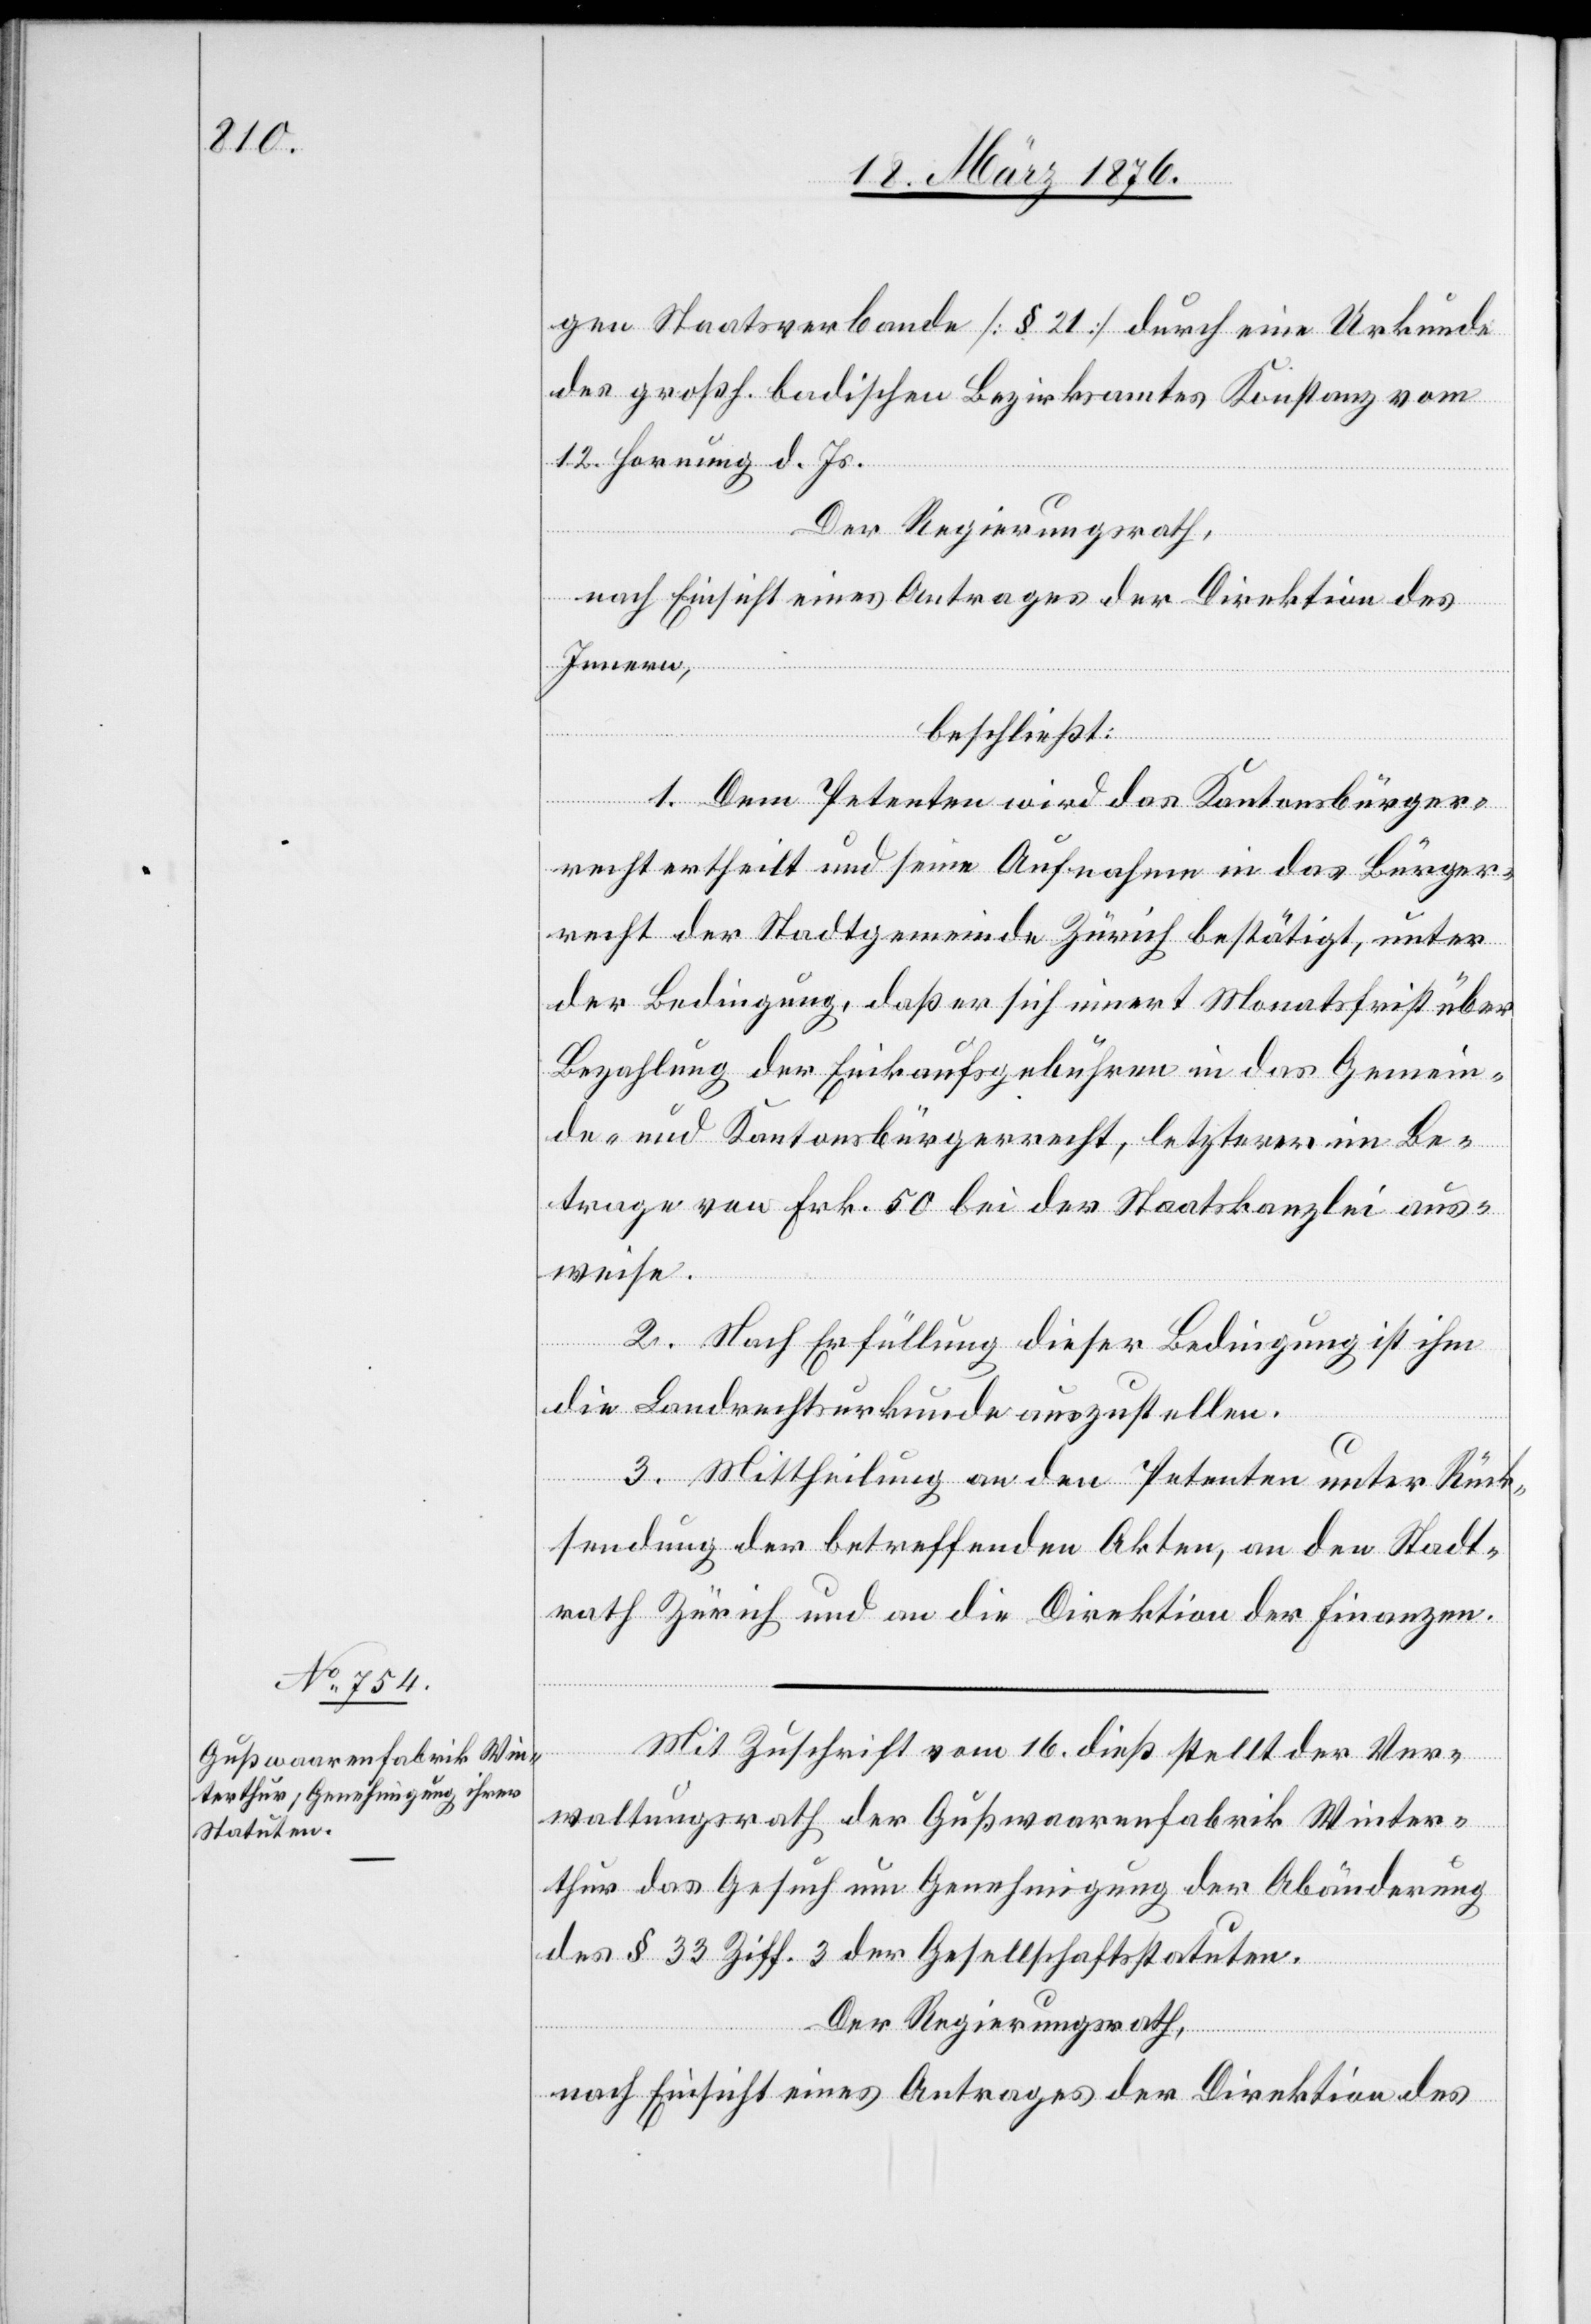
Mit Zuschrift vom 16. dieß stellt der Ver¬
waltungsrath der Gußwaarenfabrik Winter¬
thur das Gesuch um Genehmigung der Abänderung
des § 33 Ziff. 3 der Gesellschaftsstatuten.
Der Regierungsrath,
nach Einsicht eines Antrages der Direktion des